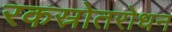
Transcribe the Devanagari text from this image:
रकस्रोतरोधन